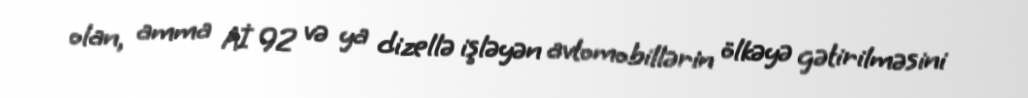
olan, amma Aİ 92 və ya dizellə işləyən avtomobillərin ölkəyə gətirilməsini